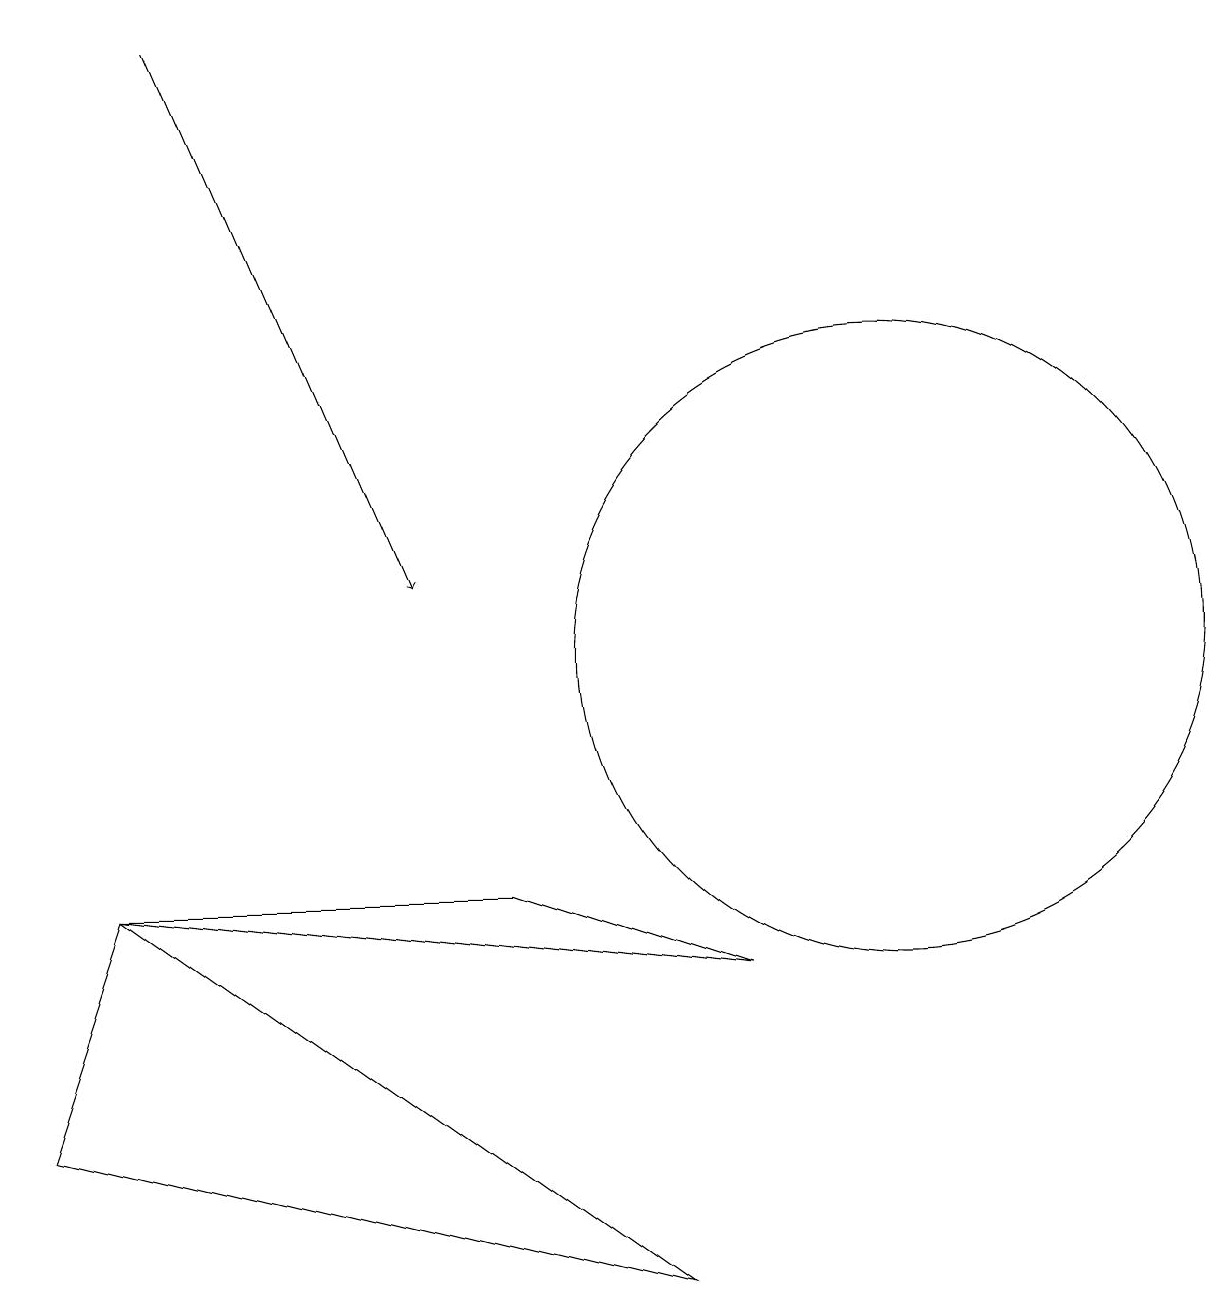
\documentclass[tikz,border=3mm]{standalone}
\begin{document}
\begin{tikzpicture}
\draw (9,7) -- (6,8) -- (1,8) -- cycle;
\draw (8,3) -- (0,5) -- (1,8) -- cycle;
\draw (11,11) circle (4);
\draw[->] (2,19) -- (5,12);
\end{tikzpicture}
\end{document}